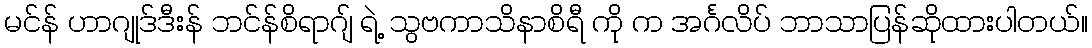
မင်န် ဟာဂျုဒ်ဒီးန် ဘင်န်စိရာဂျ် ရဲ့ သွဗကာသိနာစိရီ ကို က အင်္ဂလိပ် ဘာသာပြန်ဆိုထားပါတယ်။